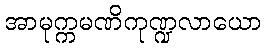
အာမုက္ကမဏိကုဏ္ဍလာယော